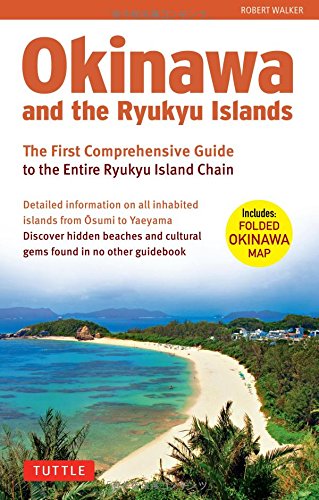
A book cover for Okinawa and the Ryukyu Islands: The First Comprehensive Guide to the Entire Ryukyu Island Chain; Robert Walker; Travel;